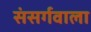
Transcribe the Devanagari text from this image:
संसर्गवाला